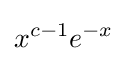
{x^{c-1}}e^{-x}